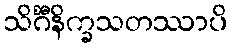
သိင်္ဂီနိက္ခသတဿာပိ